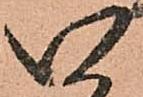
い